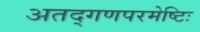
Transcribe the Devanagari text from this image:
अतद्गणपरमेष्टिः